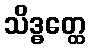
သိဒ္ဓတ္ထေ